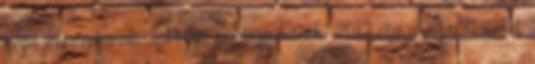
majd jogutódjának, a Pécsi Ipartestületnek. 2012 óta az Ipartestület